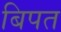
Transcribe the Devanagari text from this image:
बिपत